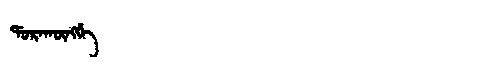
Manchu: ᡩᠣᡵᠠᡴᡡᠩᡤᡝ
Romanization: DORAKŪNGGE